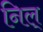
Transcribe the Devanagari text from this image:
निल्